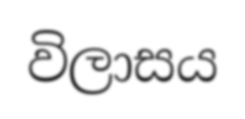
විලාසය